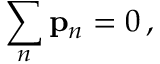
\sum _ { n } \mathbf { p } _ { n } = { \boldsymbol { 0 } } \, ,